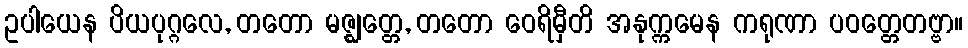
ဥပါယေန ပိယပုဂ္ဂလေ, တတော မဇ္ဈတ္တေ, တတော ဝေရိမှီတိ အနုက္ကမေန ကရုဏာ ပဝတ္တေတဗ္ဗာ။